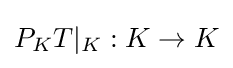
P_{K}T\vert _{K}:K\rightarrow K